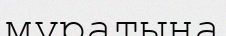
мұратына